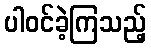
ပါဝင်ခဲ့ကြသည့်